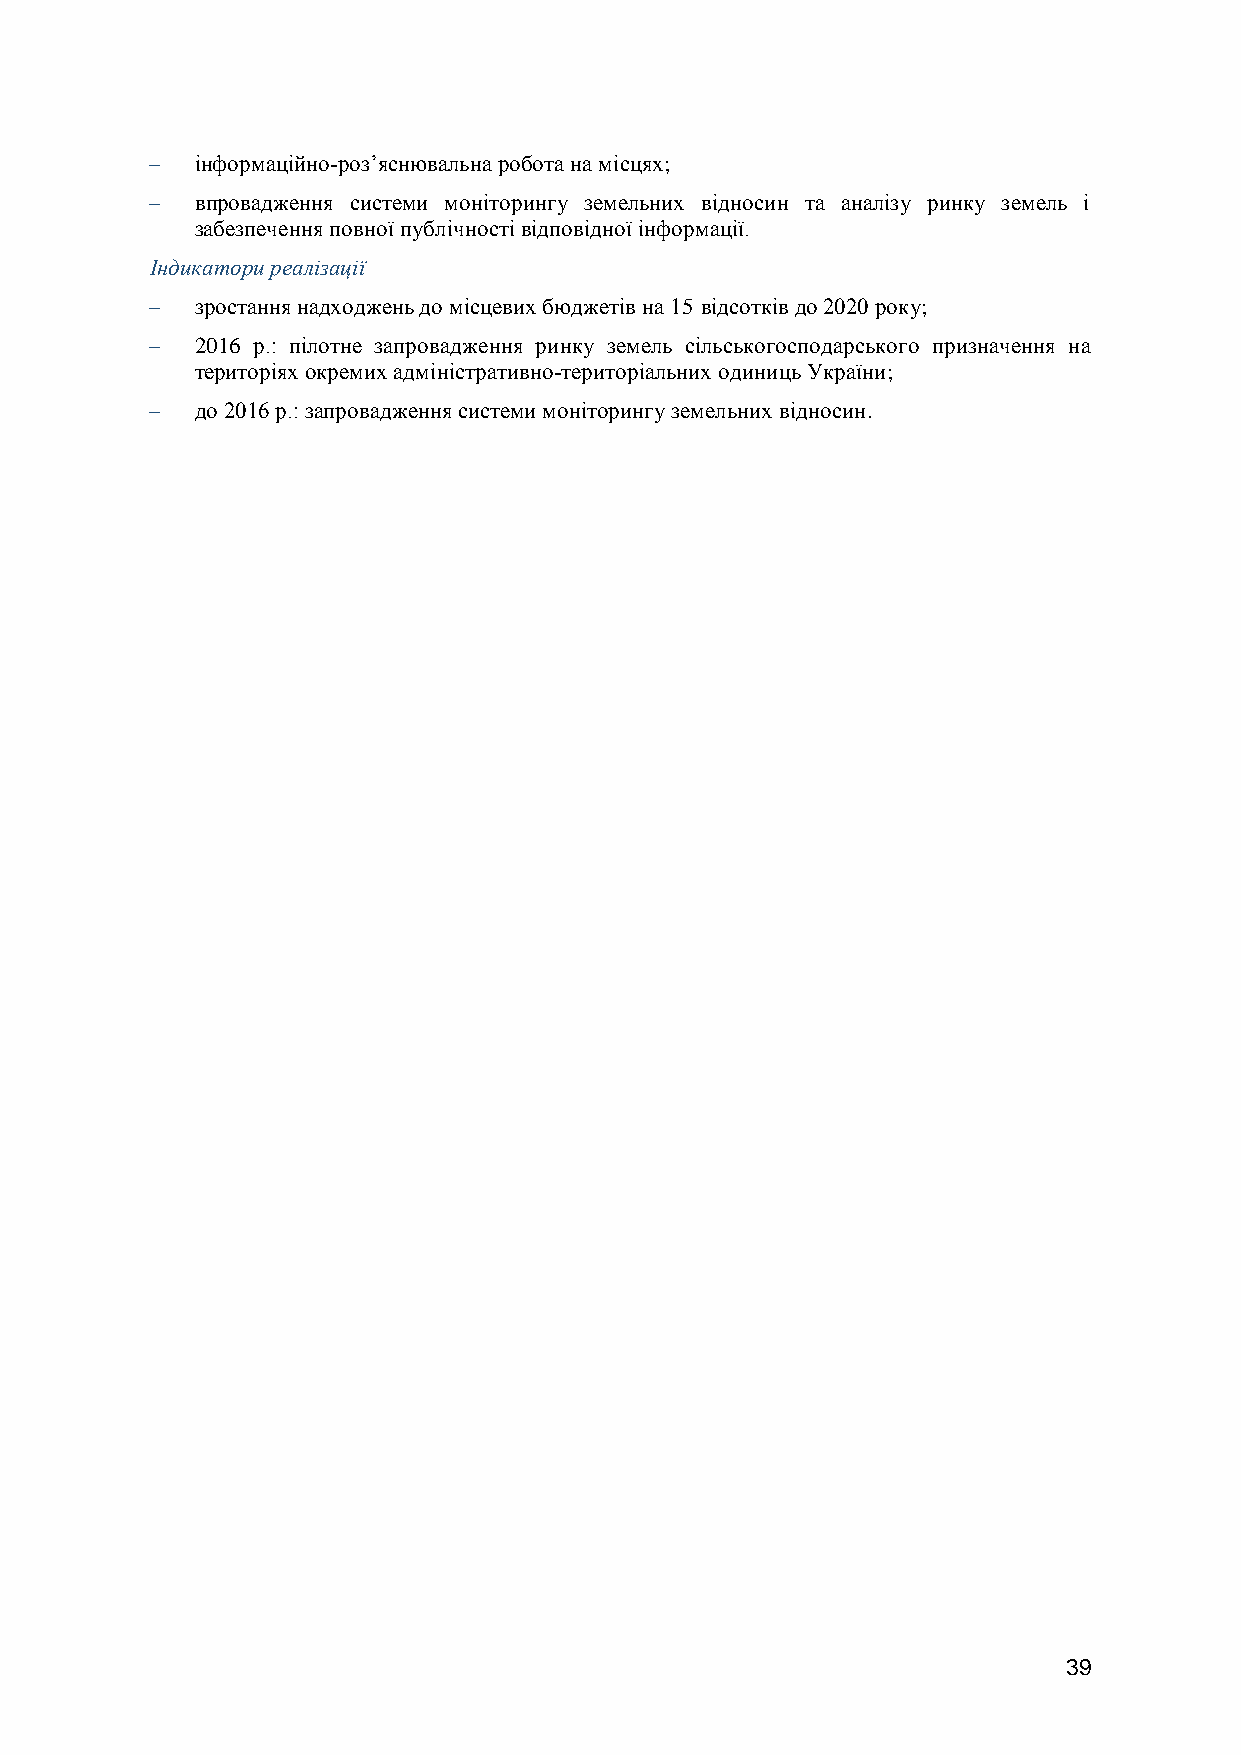
  інформаційно-роз’яснювальна робота на місцях;
   впровадження системи моніторингу земельних відносин та аналізу ринку земель і
 забезпечення повної публічності відповідної інформації.
 Індикатори реалізації
   зростання надходжень до місцевих бюджетів на 15 відсотків до 2020 року;
   2016 р.: пілотне запровадження ринку земель сільськогосподарського призначення на
 територіях окремих адміністративно-територіальних одиниць України;
   до 2016 р.: запровадження системи моніторингу земельних відносин.
 39